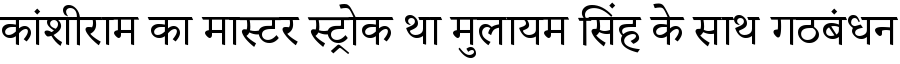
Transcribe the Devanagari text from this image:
कांशीराम का मास्टर स्ट्रोक था मुलायम सिंह के साथ गठबंधन